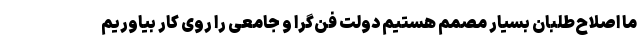
ما اصلاح‌طلبان بسیار مصمم هستیم دولت فن‌گرا و جامعی را روی کار بیاوریم